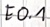
Text: E0.1